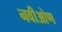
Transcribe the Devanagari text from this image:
नवीओण